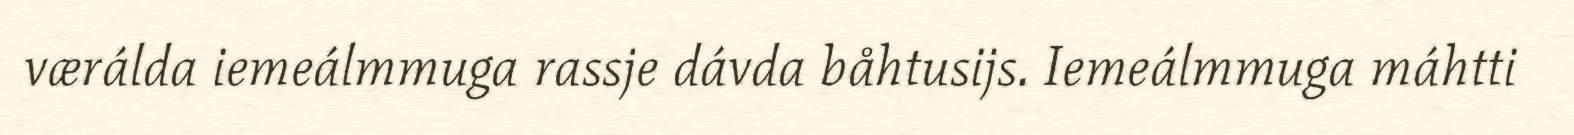
værálda iemeálmmuga rassje dávda båhtusijs. Iemeálmmuga máhtti